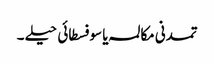
تمدنی مکالمہ یا سوفسطائی حیلے ۔